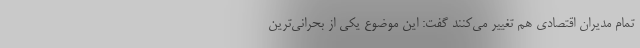
تمام مدیران اقتصادی هم تغییر می‌کنند گفت: این موضوع یکی از بحرانی‌ترین